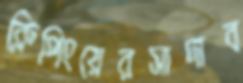
ক্লিপিংয়েরসাদাব